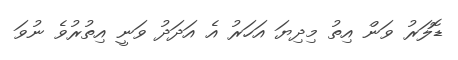
ޑޮލަރު ވަން އިތު މިދިޔަ އަހަރު އެ އަދަދު ވަނީ އިތުރުވެ ނުވަ